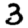
Digit: 3